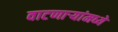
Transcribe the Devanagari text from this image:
वाटणाऱ्यांमध्ये